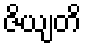
ဇိယျတိ